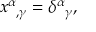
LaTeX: x ^ { \alpha } { } _ { , \gamma } = \delta ^ { \alpha } { } _ { \gamma } ,